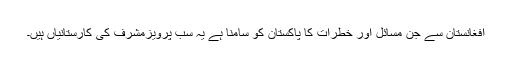
افغانستان سے جن مسائل اور خطرات کا پاکستان کو سامنا ہے یہ سب پرویزمشرف کی کارستانیاں ہیں۔